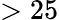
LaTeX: >25